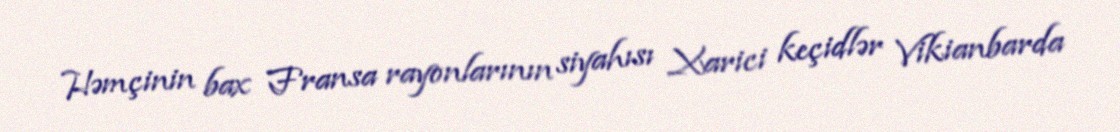
Həmçinin bax Fransa rayonlarının siyahısı Xarici keçidlər Vikianbarda